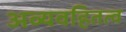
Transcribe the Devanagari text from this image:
अव्यवहितत्व